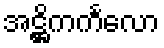
အဋ္ဌိကင်္ကလော